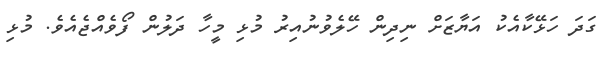
ގަދަ ހަޅޭކާއެކު އަޔާޒަށް ނިދިން ހޭލެވުނުއިރު މުޅި މީހާ ދަލުން ފޯވެއްޖެއެވެ. މުޅި